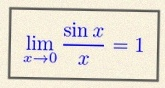
\lim_{x\to0}\frac{\sin x}{x}=1